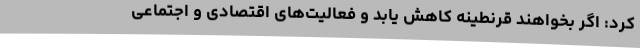
کرد: اگر بخواهند قرنطینه کاهش یابد و فعالیت‌های اقتصادی و اجتماعی